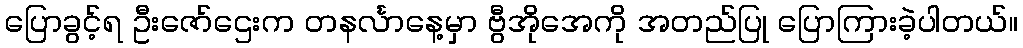
ပြောခွင့်ရ ဦးဇော်ဌေးက တနင်္လာနေ့မှာ ဗွီအိုအေကို အတည်ပြု ပြောကြားခဲ့ပါတယ်။